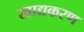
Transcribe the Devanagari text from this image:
खाद्यकरण